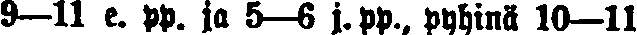
9—ll e. pp. ja 5—6 j. pp., pyhinä 10—11